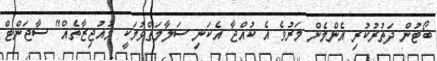
ބޯޓުން ދަތުރުކުރި އެންމެން މަރުވެ އެ ކުއްޖާ އެކަނި ސަލާމަތްވުމަކީ މުއުޖިޒާތެއް" ސާޖަންޓް